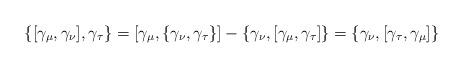
LaTeX: \begin{align*}\{[\gamma_\mu,\gamma_\nu],\gamma_\tau\}= [\gamma_\mu,\{\gamma_\nu,\gamma_\tau\}] - \{\gamma_\nu,[\gamma_\mu,\gamma_\tau]\}= \{\gamma_\nu,[\gamma_\tau,\gamma_\mu]\}\end{align*}